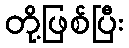
တို့ဖြစ်ပြီး